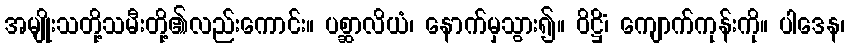
အမျိုးသတို့သမီးတို့၏လည်းကောင်း။ ပစ္ဆာလိယံ၊ နောက်မှသွား၍။ ဝိဋ္ဌိံ၊ ကျောက်ကုန်းကို။ ပါဒေန၊